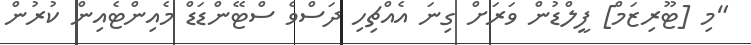
"މި [ޓޫރިޒަމް] ފީލްޑުން ވަރަށް ގިނަ އެއްޗިހި ދަސްވެ ސްޓޭންޑަޑް މެއިންޓެއިން ކުރުން